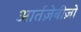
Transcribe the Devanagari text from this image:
आर्तज़ेबीज़ो